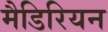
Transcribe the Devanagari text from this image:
मैडिरियन